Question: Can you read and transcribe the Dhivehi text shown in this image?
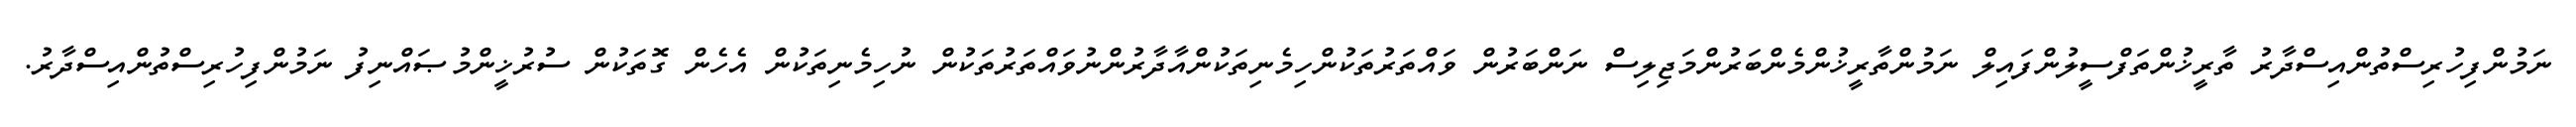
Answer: ނަމުންފިހުރިސްތުންއިސްދާރު ތާރީޚުންތަފްސީލުންފައިލް ނަމުންތާރީޚުންމެންބަރުންމަޖިލިސް ނަންބަރުން ވައްތަރުތަކުންހިމެނިތަކުންއާދާރުންނުވައްތަރުތަކުން ނުހިމެނިތަކުން އެހެން ގޮތަކުން ސުރުޚީންމުޞައްނިފު ނަމުންފިހުރިސްތުންއިސްދާރު.